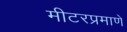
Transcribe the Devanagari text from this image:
मीटरप्रमाणे